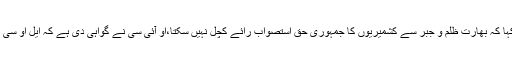
وزیر اعظم کی معاون خصوصی برائے اطلاعات نے اپنے ٹویٹ پیغام میں کہا کہ بھارت ظلم و جبر سے کشمیریوں کا جمہوری حق استصواب رائے کچل نہیں سکتا،او آئی سی نے گواہی دی ہے کہ ایل او سی پر بھارتی فوج بے گناہ شہریوں پر ممنوعہ کلسٹر ہتھیار استعمال کررہا ہے۔